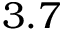
3 . 7